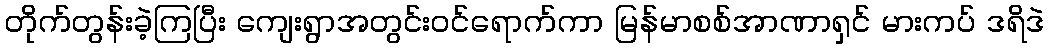
တိုက်တွန်းခဲ့ကြပြီး ကျေးရွာအတွင်းဝင်ရောက်ကာ မြန်မာစစ်အာဏာရှင် မားကပ် ဒရိဒဲ